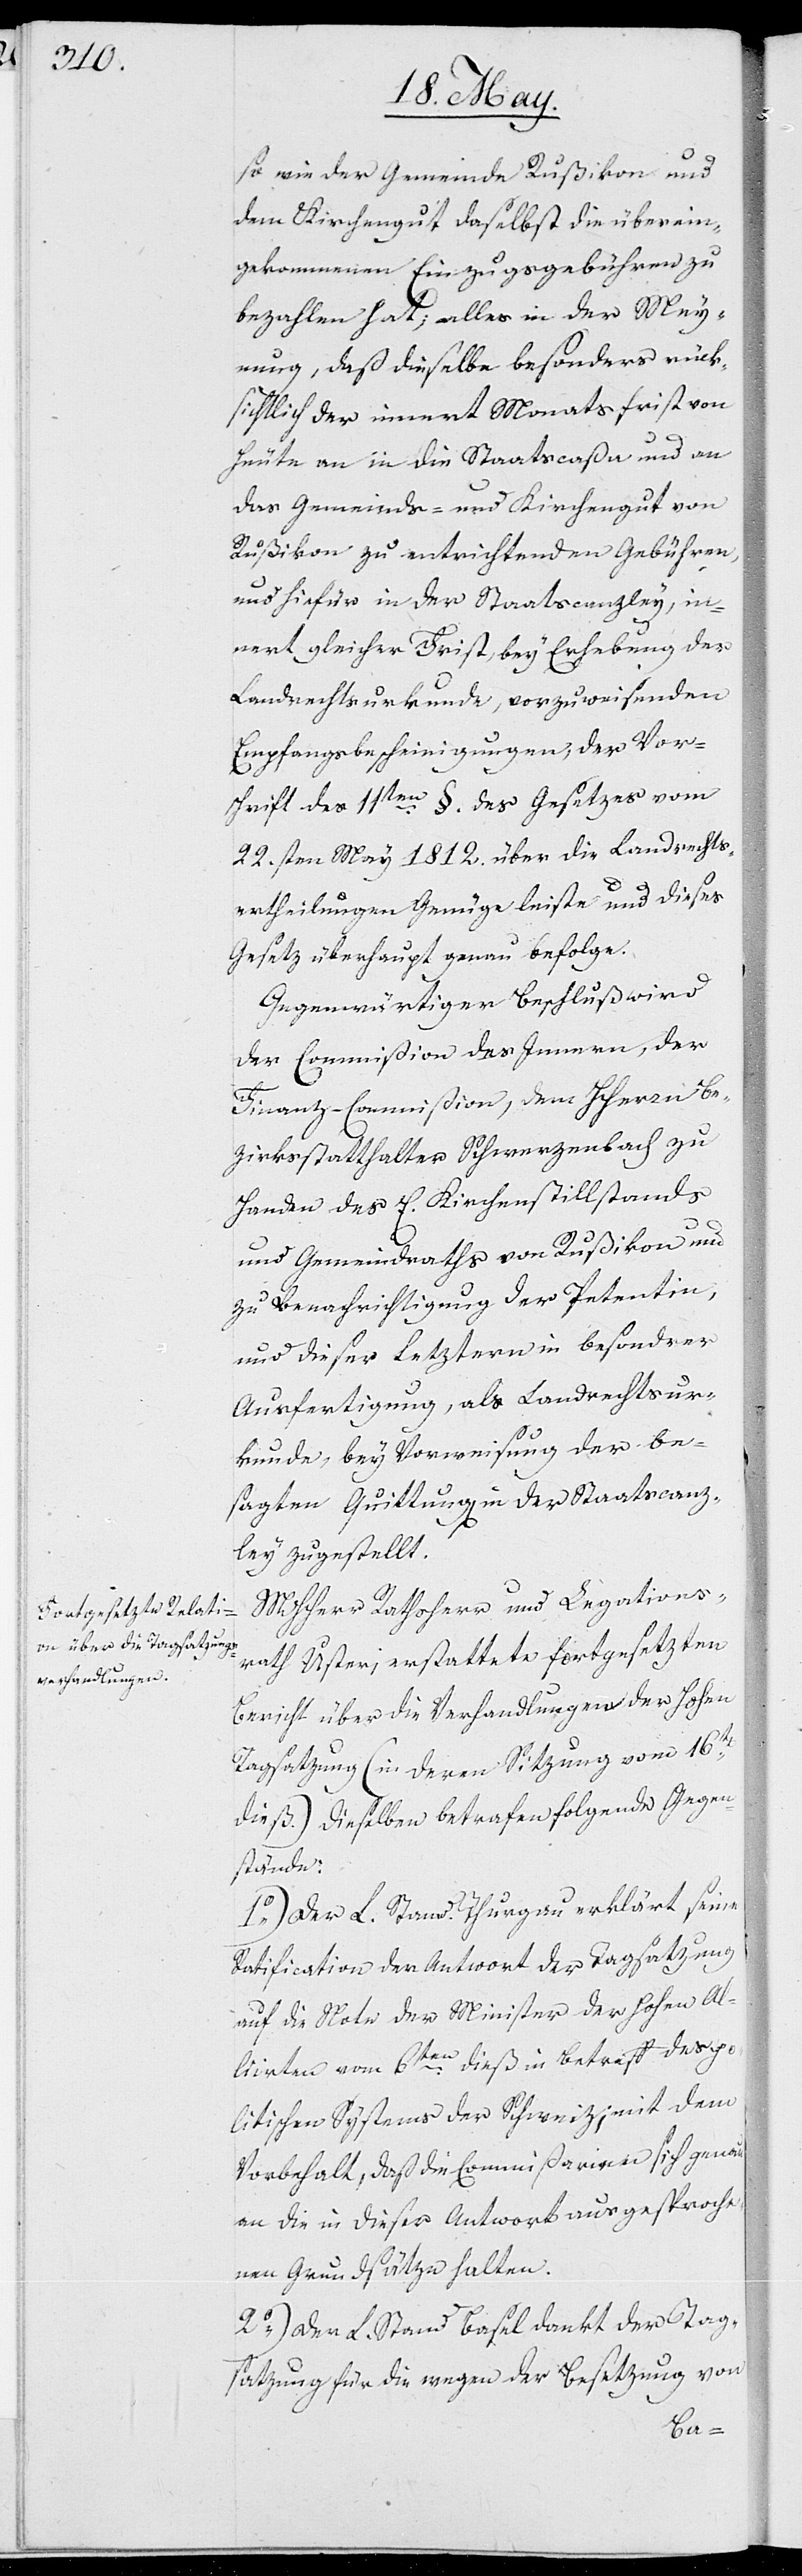
so wie der Gemeinde Rußikon und
dem Kirchengut daselbst die überein¬
gekommenen Einzugsgebühren zu
bezahlen hat; alles in der Mey¬
nung, daß dieselbe besonders rück¬
sichtlich der innert Monatsfrist von
heute an in die Staatscaßa und an
das Gemeinds- und Kirchengut von
Rußikon zu entrichtenden Gebühren,
und hiefür in der Staatscanzley, in¬
nert gleicher Frist bey Erhebung der
Landrechtsurkunde, vorzuweisenden
Empfangsbescheinigungen, der Vor¬
schrift des 11ten §. des Gesetzes vom
22sten May 1812. über die Landrechts¬
ertheilungen Genüge leiste und dieses
Gesetz überhaupt genau befolge.
Gegenwärtiger Beschluß wird
der Commißion des Inneren, der
Finanz-Commißion, dem Herrn Be¬
zirksstatthalter Schwerzenbach zu
Handen des E. Kirchenstillstandes
und Gemeindraths von Rußikon und
zu Benachrichtigung der Petentin,
und dieser letzteren in besonderer
Ausfertigung, als Landrechtsur¬
kunde, bey Vorweisung der be¬
sagten Quittung in der Staatscanz¬
ley zugestellt.
MHerr Rathsherr und Legation¬
rath Usteri erstattete fortgesetzten
Bericht über die Verhandlungen der Hohen
Tagsatzung (in deren Sitzung vom 16ten
dieß.) Dieselben betrafen folgende Gegen¬
stände:
1.) Der L. Stand Thurgau erklärt seine
Ratification der Antwort der Tagsatzung
auf die Note des Ministers der Hohen Al¬
liirten vom 6ten dieß in Betreff des po¬
litischen Systems der Schweiz, mit dem
Vorbehalt, daß die Commißarien sich genau
an die in dieser Antwort ausgesproche¬
nen Grundsätze halten.
2.) Der L. Stand Basel dankt der L. Tag¬
satzung für die wegen der Besetzung von